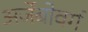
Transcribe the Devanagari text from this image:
अर्जेबोवर्ग